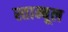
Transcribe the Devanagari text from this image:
स्ताम्बूल